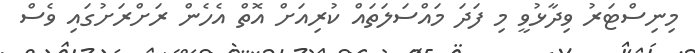
މިނިސްޓަރު ވިދާޅުވީ މި ފަދަ މައްސަލަތައް ކުރިއަށް އޮތް އެހެން ރަށްރަށުގައި ވެސް